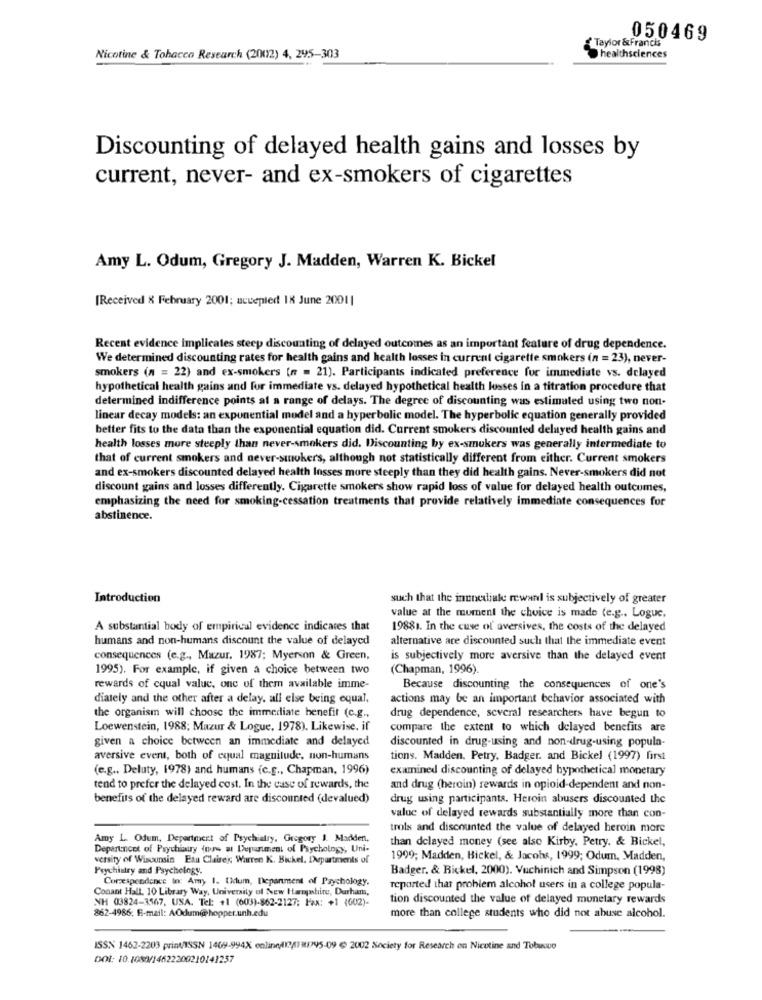
Taylor &Francis
050469
Nicotine & Tobacco Research (20012) 4, 295-303
healthsciences
Discounting of delayed health gains and losses by
current, never- and ex-smokers of cigarettes
Amy L. Odum, Gregory J. Madden, Warren K. Bickel
[Received & February 2001; accepted 18 June 2001|
Recent evidence implicates steep discounting of delayed outcomes as an important feature of drug dependence.
We determined discounting rates for health gains and health losses in current cigarette smokers (n = 23), never-
smokers (n = 22) and ex-smokers (n = 21). Participants indicated preference for immediate vs. delayed
hypothetical health gains and for immediate vs. delayed hypothetical health losses in a titration procedure that
determined indifference points al a range of delays. The degree of discounting was estimated using two non-
linear decay models: an exponential model and a hyperbolic model. The hyperbolic equation generally provided
better fits to the data than the exponential equation did. Current smokers discounted delayed health gains and
health losses more steeply than never-smokers did. Discounting by ex-smokers was generally intermediate to
that of current smokers and never-smokers, although not statistically different from either. Current smokers
and ex-smokers discounted delayed health losses more steeply than they did health gains. Never-smokers did not
discount gains and losses differently. Cigarette smokers show rapid loss of value for delayed health outcomes,
emphasizing the need for smoking-cessation treatments that provide relatively immediate consequences for
abstinence.
Introduction
such that the inunediale rewan is subjectively of greater
value at the moment the choice is made (e.g .. Logue,
A substantial body of empirical evidence indicates that
19881. In the cuse of aversives, the costs of the delayed
humans and non-humans discount the value of delayed
alternative are discounted such that the immediate event
consequences (e.g ., Mazur. 1987; Myerson & Green,
is subjectively more aversive than the delayed event
1995). For example, if given a choice between two
(Chapman, 1996).
rewards of cqual value, one of them available imme-
Because discounting the consequences of one's
diately and the other after a delay. all else being equal,
actions may be an important behavior associated with
the organism will choose the immediate benefit (c.g .,
drug dependence, several researchers have begun to
Loewenstein, 1988; Mazur & Logue, 1978). Likewise, if
compare the extent to which delayed benefits are
given a choice between an immediate and delayed
discounted in drug-using and non-drug-using popula-
aversive event, both of equal magnitude, non-humans
tions. Madden, Petry, Badger, and Bickel (1997) first
(e.g .. Deluty, 1978) and humans (c.g ., Chapman, 1996)
examined discounting of delayed hypothetical monetary
tend to prefer the delayed cost. In the case of rewards, the
and drug (heroin) rewards in opioid-dependent and non-
benefits of the delayed reward are discounted (devalued)
drug using participants. Heroin abusers discounted the
value of delayed rewards substantially more than con-
trols and discounted the value of delayed heroin more
Amy L. Odum, Department of Psychiatry, Gregory 1. Madden,
than delayed money (see also Kirby. Petry. & Bickel,
Departencet of Psychiatry fors at Department of Psychology, Uni-
versity of Wisconsin Eau Claire's Warren K. Bickel, INpartments of
1999; Madden, Bickel, & Jacobs, 1999; Odum, Madden,
Psychiatry and Psychology.
Badger. & Bickel, 2000). Vuchinich and Simpson (1998)
Correspondence in: Amy 1. (kum, Department of Psychology.
Conant Hall, 10 Library Way, University of New Hampshire, Durham,
reported that problem alcohol users in a college popula-
NH 03824-3567, USA. Tel: +1 (603)-862-2127; Fax: +1 (602)-
tion discounted the value of delayed monetary rewards
862-4986; E-mail: AOdum@@hopper.unh.edu
more than college students who did not abuse alcohol.
ISSN 1462-2203 prinv/ISSN 1469-994X online/11/1911995-09 @ 2002 Society for Research on Nicotine and Tobusco
DOI: 10.1080/14622200210141257